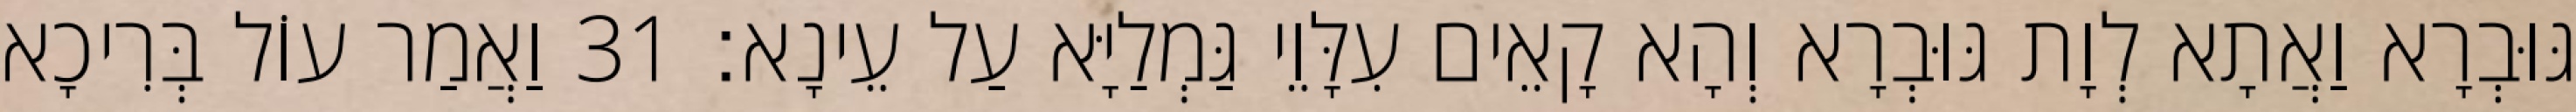
גּוּבְרָא וַאֲתָא לְוָת גּוּבְרָא וְהָא קָאֵים עִלָּוֵי גַּמְלַיָּא עַל עֵינָא׃ 31 וַאֲמַר עוֹל בְּרִיכָא